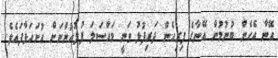
އޭނާ އެހެން ބުނުމުން އޭނާގެ ފިރިހެން ދަރިފުޅު ވަނީ މައްސަލަ ފުލުހުންނަށް ހުށަހަޅާފައެވެ.